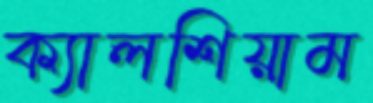
ক্যালশিয়াম